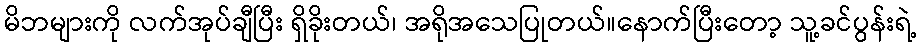
မိဘများကို လက်အုပ်ချီပြီး ရှိခိုးတယ်၊ အရိုအသေပြုတယ်။နောက်ပြီးတော့ သူ့ခင်ပွန်းရဲ့